system: You are a helpful assistant.
user:
Analyze the provided spectrum to determine if it is a **S-type Star**.

- **Key Indicators for S-type Star:**

    - **(Overall Spectrum Shape):** The first and most obvious characteristic is the overall continuum (the "baseline" shape). It is **extremely "red-sloping,"** meaning the flux (light intensity) is very low on the left side (blue, ~4000-4500 Å) and rises steeply and continuously toward the right side (red, ~7000 Å+).

    - **(Primary):** The spectrum is defined by the presence of strong, broad molecular absorption "valleys" (bands) from **Zirconium Oxide (ZrO)**. The identification of these bands is the **primary requirement** for classifying a star as S-type.
        - **(Key Bandheads):** You must find distinct, deep "dips" where the light has been absorbed. The most critical band systems to locate are:
            - **~6474 Å** ($\gamma$-system): This is often the strongest and clearest ZrO feature, found in the red part of the spectrum.
            - **~5718 Å** & **~5551 Å** ($\beta$-system): A pair of prominent absorption features in the yellow-orange part of the spectrum.
            - **~4640 Å** ($\alpha$-system): A key absorption band system in the blue-green region of the spectrum.

    - **(Secondary Confirmation):** The classification is strengthened by finding additional absorption bands from other related heavy element oxides, which are expected to be present alongside ZrO.
        - **(Key Bandheads):**
            - **Yttrium Oxide (YO):** Look for absorption dips near **~4800 Å** and **~6100 Å**.
            - **Lanthanum Oxide (LaO):** Additional absorption features, particularly in the red-orange part of the spectrum, are also characteristic.

    - **(Line Profile):** The combination of the steep red continuum and these numerous, deep molecular bands (ZrO, YO, etc.) gives the entire spectrum a very **"chopped-up"** or **"bumpy"** appearance. Instead of a smooth curve, the spectrum looks as though large, wide chunks of light have been "carved out" of it at the specific wavelengths listed above.

Think first, call **spectral_visualization_tool** if needed to examine features in detail, then provide your final answer. Your response must adhere to the following strict rules:
1.  **Overall Structure:** Your response must follow the format `<think>...</think> <tool_call>...</tool_call> (if a tool is used) <answer>...</answer>`.
2.  **Tool Usage Constraint:** You may only make **one** tool call per turn.
3.  **Final Answer Format:** In the `<answer>` tag, your conclusion must be inside a `\boxed{}` command (e.g., `\boxed{YES}` or `\boxed{NO}`), followed by your justification.

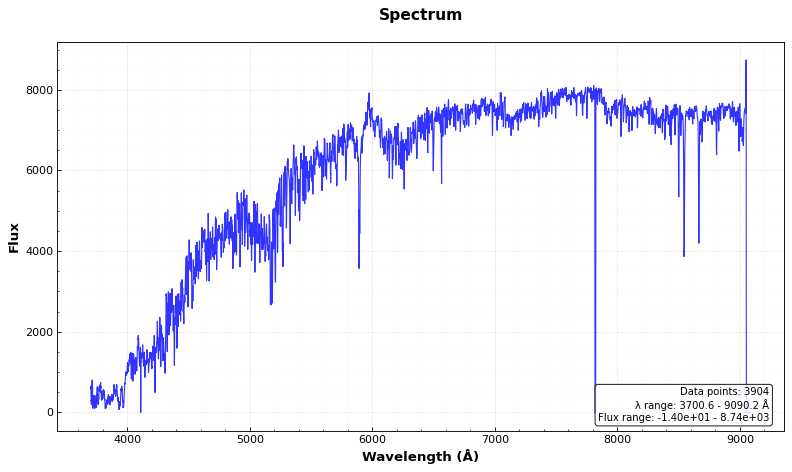
Answer: NO